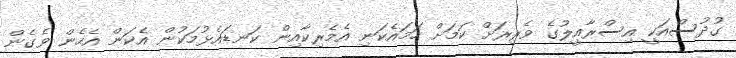
ގުދުސްއަކީ އިސްރާއީލުގެ ވެރިރަށް ކަމަށް ހަމައެކަނި އެމެރިކާއިން ކަނޑައެޅުމަކުން އެކަން އެހެން ވެގެން